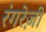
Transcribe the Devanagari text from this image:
रंगरेज़ी